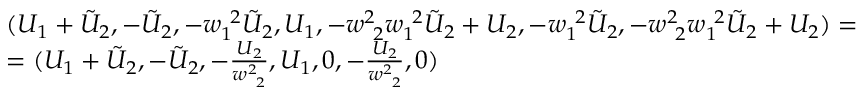
\begin{array} { r l } & { ( U _ { 1 } + \tilde { U } _ { 2 } , - \tilde { U } _ { 2 } , - w _ { 1 \ } ^ { \ 2 } \tilde { U } _ { 2 } , U _ { 1 } , - w _ { \ 2 } ^ { 2 \ } w _ { 1 \ } ^ { \ 2 } \tilde { U } _ { 2 } + U _ { 2 } , - w _ { 1 \ } ^ { \ 2 } \tilde { U } _ { 2 } , - w _ { \ 2 } ^ { 2 \ } w _ { 1 \ } ^ { \ 2 } \tilde { U } _ { 2 } + U _ { 2 } ) = } \\ & { = ( U _ { 1 } + \tilde { U } _ { 2 } , - \tilde { U } _ { 2 } , - \frac { U _ { 2 } } { w _ { \ 2 } ^ { 2 \ } } , U _ { 1 } , 0 , - \frac { U _ { 2 } } { w _ { \ 2 } ^ { 2 \ } } , 0 ) } \end{array}